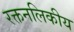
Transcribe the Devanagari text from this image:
रक्तनलिकीय